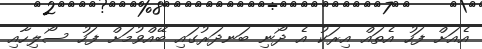
އެއަށް ފަހު އެތައް އިރަކު އެ ދޯނި ބަނދަރުގައި ބޭއްވުމަށް ފަހު ސޯލިހާއި